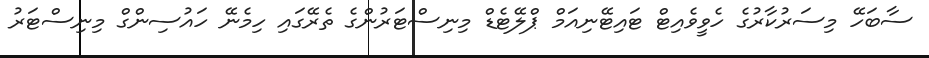
ސާބަހޭ މިސަރުކާރުގެ ހެވީވެއިޓް ޓައިޓޭނިއަމް ޕްލޭޓެޑް މިނިސްޓަރުންގެ ތެރޭގައި ހިމެނޭ ހައުސިންގް މިނިސްޓަރު